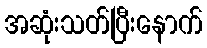
အဆုံးသတ်ပြီးနောက်